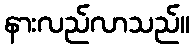
နားလည်လာသည်။